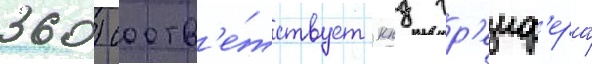
360) соотв'е́тствует кпд гр'еиф'ера